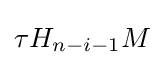
\tau H_{n-i-1}M